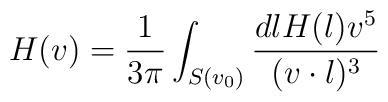
H(v)={1\over 3\pi}\int_{S(v_0)} {dl H(l) v^5\over (v\cdot l)^3}